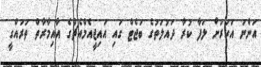
އަންނަ އަހަރަށް ލަފާ ކުރާ ދައުލަތުގެ ބަޖެޓް ގައި އައިޖީއެމްއެޗްގެ އާއިމާރާތް ތަރައްގީ